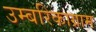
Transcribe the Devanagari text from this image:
उम्बरिकाग्राम